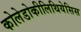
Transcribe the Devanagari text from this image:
कोलेडोकीलिथियेसिस